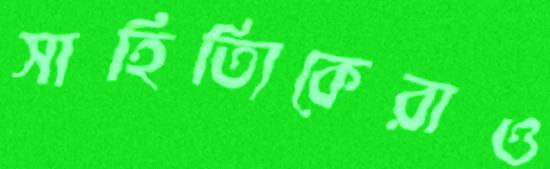
সাহিত্যিকেরাও